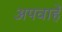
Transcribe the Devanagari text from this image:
अपवाहें